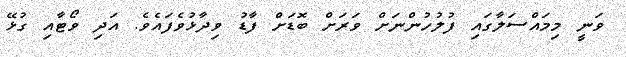
ވަނީ މިމައްސަލާގައި ފުލުހުންނަށް ވަރަށް ބޮޑަށް ފާޑު ވިދާޅުވެފައެވެ. އަދި ވޯޓާއި ގުޅޭ